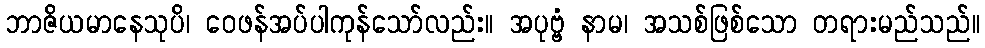
ဘာဇိယမာနေသုပိ၊ ဝေဖန်အပ်ပါကုန်သော်လည်း။ အပုဗ္ဗံ နာမ၊ အသစ်ဖြစ်သော တရားမည်သည်။